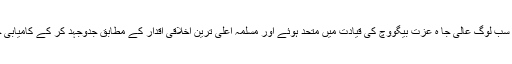
بوسنیا میں سب لوگ عالی جا ہ عزت بیگووچ کی قیادت میں متحد ہوئے اور مسلمہ اعلیٰ ترین اخلاقی اقدار کے مطابق جدوجہد کر کے کامیابی حاصل کی۔